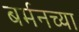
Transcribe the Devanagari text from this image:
बर्मनच्या